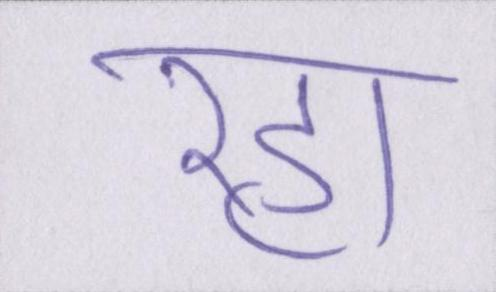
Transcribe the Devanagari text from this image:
रहा